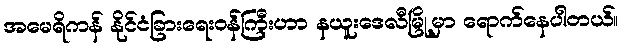
အမေရိကန် နိုင်ငံခြားရေးဝန်ကြီးဟာ နယူးဒေလီမြို့မှာ ရောက်နေပါတယ်။